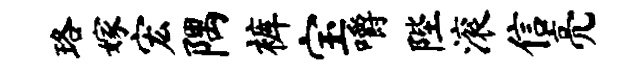
珞嫁宏隅裤宝嚼陛滚信亮